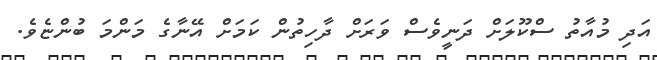
އަދި މުއާތު ސްކޫލަށް ދަނީވެސް ވަރަށް ދާހިތުން ކަމަށް އޭނާގެ މަންމަ ބުންޏެވެ.